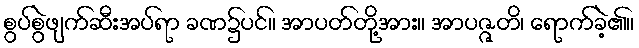
စွပ်စွဲဖျက်ဆီးအပ်ရာ ခဏ၌ပင်။ အာပတ်တို့အား။ အာပဇ္ဇတိ၊ ရောက်ခဲ့၏။